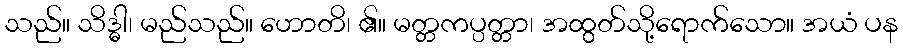
သည်။ သိဒ္ဓါ၊ မည်သည်။ ဟောတိ၊ ၏။ မတ္တကပ္ပတ္တာ၊ အထွတ်သို့ရောက်သော။ အယံ ပန